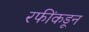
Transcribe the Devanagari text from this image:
रफींकडून